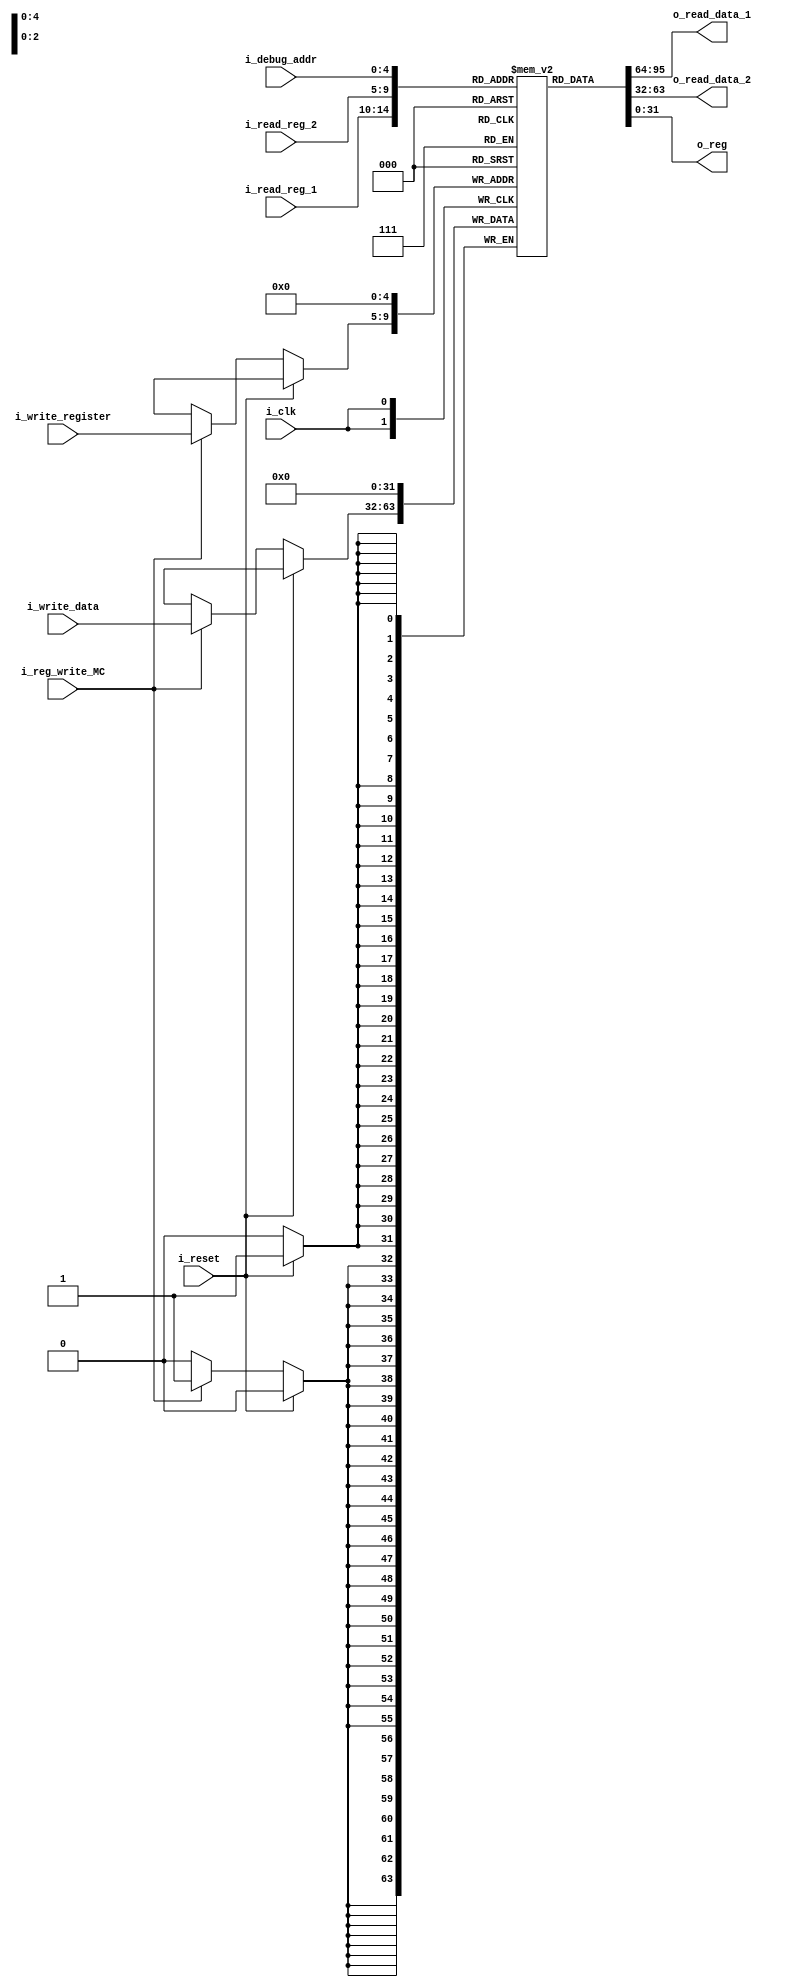
/**

**/

module register_mem
    #(
        // Parameters
        parameter   B   =   32,     // Number of bits
        parameter   W   =   5       // Number of address bits

    )
    (
        // Inputs
        input wire                      i_clk,                      // Clock
        input wire                      i_reset,                    // Reset
        input wire                      i_reg_write_MC,             // RegWrite Control Line
        input wire [W-1 : 0]            i_read_reg_1,               // Read Register 1
        input wire [W-1 : 0]            i_read_reg_2,               // Read Register 2
        input wire [W-1 : 0]            i_write_register,           // Write Register
        input wire [B-1 : 0]            i_write_data,               // Write Data
        input wire [W-1 : 0]            i_debug_addr,               // Debug Register Address
        // Outputs
        output wire [B-1 : 0]           o_read_data_1,              // Read Data 1
        output wire [B-1 : 0]           o_read_data_2,              // Read Data 2
        output wire [B-1 : 0]           o_reg
    );

    //! Signal Declaration
    reg [B-1 : 0]   regs [2**W-1 : 0];
    reg [B-1 : 0]   aux_1;
    reg [B-1 : 0]   aux_2;
    integer i;

    // Initial Registers Values
    initial 
    begin
        // Initialize all regs to 0
        for (i = 0; i < 2**W; i = i + 1) begin
            regs[i] = 32'h00000000;
        end

        // Initialize aux_1 and aux_2 to 0
        aux_1 = 32'h00000000;
        aux_2 = 32'h00000000;
    end

    // Body
    always @(negedge i_clk) // Write Cycle
    begin
        if(i_reset)
        begin
            regs[0] = 32'h00000000; 
        end
        else if(i_reg_write_MC)
        begin
            regs[i_write_register] <= i_write_data;
        end
    end
    
    //! Assignments
    assign o_read_data_1 = regs[i_read_reg_1];
    assign o_read_data_2 = regs[i_read_reg_2];
    assign o_reg = regs[i_debug_addr];

endmodule